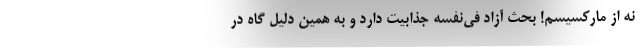
نه از مارکسیسم! بحث آزاد فی‌نفسه جذابیت دارد و به همین دلیل گاه در